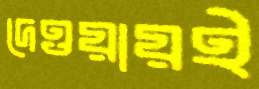
দেওয়ায়ই